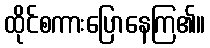
ထိုင်စကားပြောနေကြ၏။